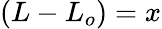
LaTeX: (L-L_{o})=x